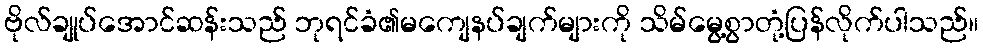
ဗိုလ်ချုပ်အောင်ဆန်းသည် ဘုရင်ခံ၏မကျေနပ်ချက်များကို သိမ်မွေ့စွာတုံ့ပြန်လိုက်ပါသည်။